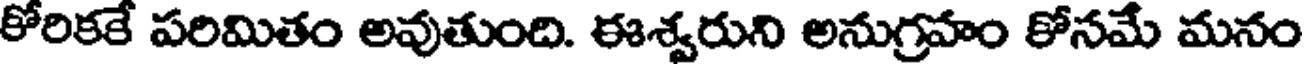
కోరికకే పరిమితం అవుతుంది. ఈశ్వరుని అనుగ్రహం కోనమే మనం